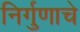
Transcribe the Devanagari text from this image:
निर्गुणाचे